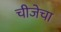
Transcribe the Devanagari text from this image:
चीजेचा